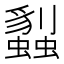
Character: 蠫